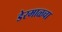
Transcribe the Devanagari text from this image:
डेरमाळचा